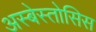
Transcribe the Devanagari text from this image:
अस्बेस्तोसिस